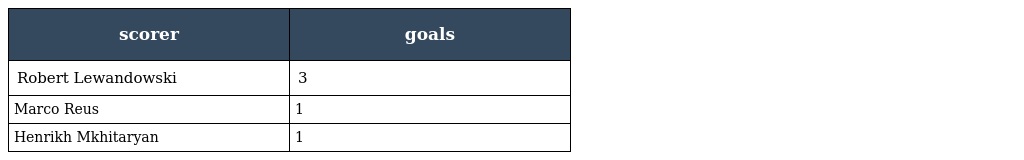
| scorer | goals |
 | --- | --- |
 | Robert Lewandowski | 3 |
 | Marco Reus | 1 |
 | Henrikh Mkhitaryan | 1 |